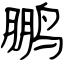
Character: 鹏